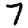
Digit: 7